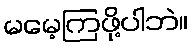
မမေ့ကြဖို့ပါဘဲ။